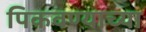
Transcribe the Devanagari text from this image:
पिकवण्याच्या